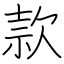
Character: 款